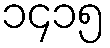
၁၄၁၅